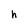
Character: h